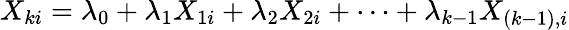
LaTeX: X_{ki}=\lambda_{0}+\lambda_{1}X_{1i}+\lambda_{2}X_{2i}+\dots+\lambda_{k-1}X_{(k-1),i}